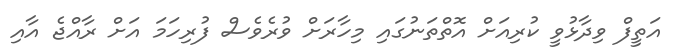
އަތީފް ވިދާޅުވީ ކުރިއަށް އޮތްތަނުގައި މިހާރަށް ވުރެވެސް ފުރިހަމަ އަށް ރާއްޖެ އާއި